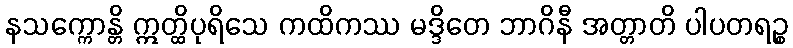
နသက္ကောန္တိ ဣတ္ထိပုရိသေ ကထိကဿ မဒ္ဒိတေ ဘာဂိနီ အတ္တာတိ ပါပတရဉ္စ